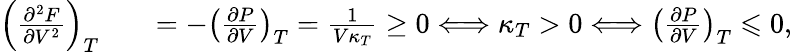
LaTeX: \begin{array}{rlr}{\left(\frac{\partial^{2}F}{\partial V^{2}}\right)_{T}}&{}&{=-\left(\frac{\partial P}{\partial V}\right)_{T}=\frac{1}{V\kappa_{T}}\geq 0\Longleftrightarrow\kappa_{T}>0\Longleftrightarrow\left(\frac{\partial P}{\partial V}\right)_{T}\leqslant 0,}\end{array}